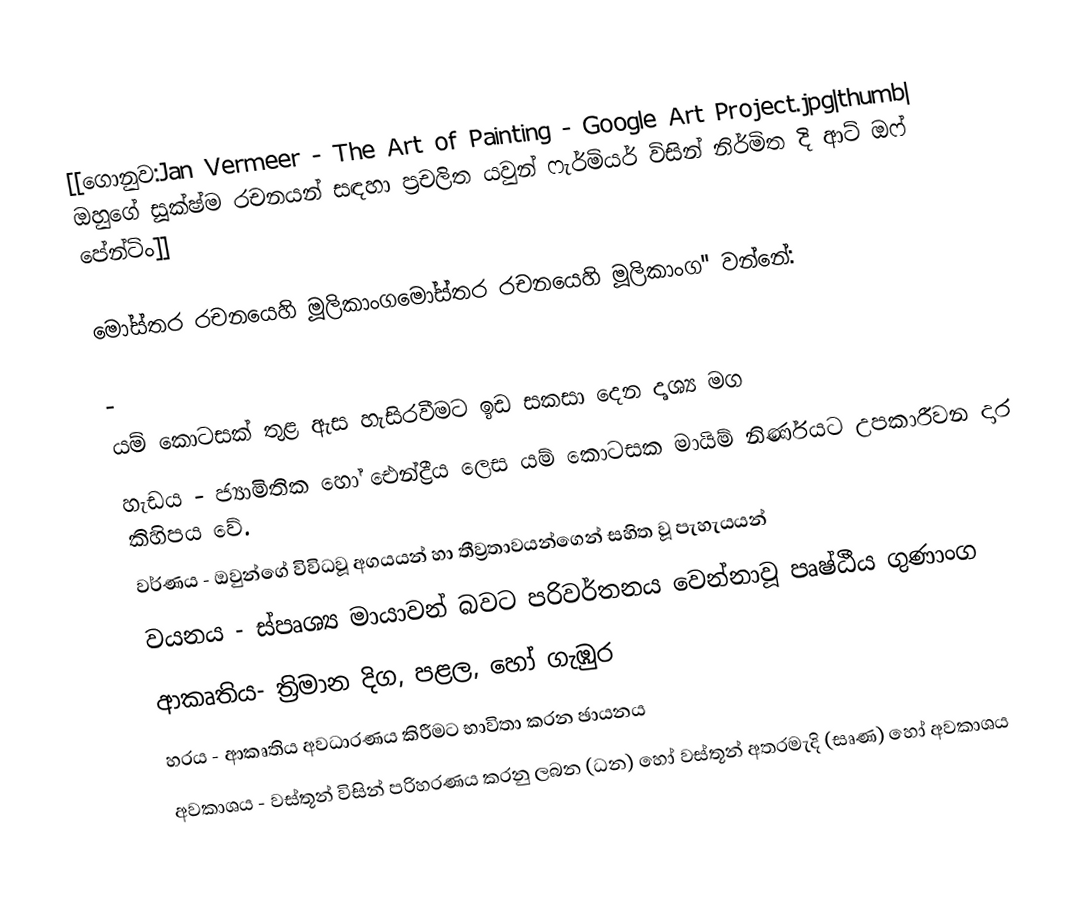
[[ගොනුව:Jan Vermeer - The Art of Painting - Google Art Project.jpg|thumb| ඔහුගේ සූක්ෂ්ම රචනයන් සඳහා ප්‍රචලිත යවුන් ෆැර්මියර් විසින් නිර්මිත දි ආට් ඔෆ් පේන්ටිං]]

මෝස්තර රචනයෙහි මූලිකාංගමෝස්තර රචනයෙහි මූලිකාංග'' වන්නේ:

-
යම් කොටසක් තුළ ඇස හැසිරවීමට ඉඩ සකසා දෙන දෘශ්‍ය මග
හැඩය - ජ්‍යාමිතික හෝ ඓන්ද්‍රීය ලෙස යම් කොටසක මායිම් නිර්ණයට උපකාරීවන  දාර කිහිපය වේ.
වර්ණය - ඔවුන්ගේ විවිධවූ අගයයන් හා තීව්‍රතාවයන්ගෙන් සහිත වූ පැහැයයන්
වයනය - ස්පෘශ්‍ය මායාවන් බවට පරිවර්තනය වෙන්නාවූ පෘෂ්ඨීය ගුණාංග
ආකෘතිය- ත්‍රිමාන දිග, පළල, හෝ ගැඹුර
හරය - ආකෘතිය අවධාරණය කිරීමට භාවිතා කරන ඡායනය
අවකාශය - වස්තූන් විසින් පරිහරණය කරනු ලබන (ධන) හෝ වස්තූන් අතරමැදි (සෘණ) හෝ අවකාශය